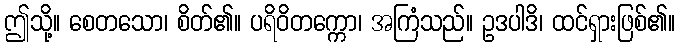
ဤသို့။ စေတသော၊ စိတ်၏။ ပရိဝိတက္ကော၊ အကြံသည်။ ဥဒပါဒိ၊ ထင်ရှားဖြစ်၏။